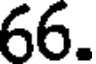
66.